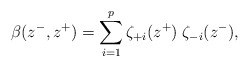
\begin{align*}\beta(z^-, z^+) = \sum_{i=1}^p \zeta_{+i}(z^+) \; \zeta_{-i}(z^-),\end{align*}